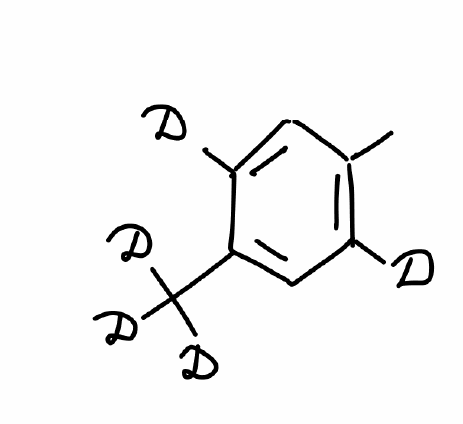
Simplified molecular-input line-entry system (SMILES) notation of the given molecule:
[2H]C1=CC(=C(C=C1C([2H])([2H])[2H])[2H])C